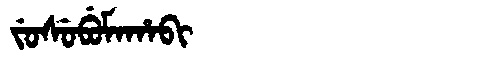
Manchu: ᠵᡠᠰᡠᠪᡠᠮᠠᡥᠠᠪᡳ
Romanization: JUSUBUMAHABI